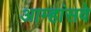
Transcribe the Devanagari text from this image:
आम्हांसवे